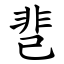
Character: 䨽